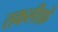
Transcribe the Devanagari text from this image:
तकलीफ़ें